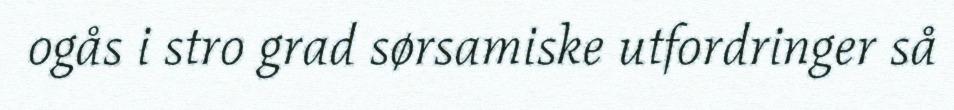
ogås i stro grad sørsamiske utfordringer så